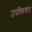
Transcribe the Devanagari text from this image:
उपविषयात